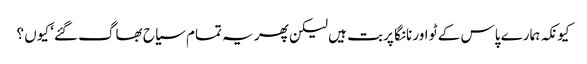
کیونکہ ہمارے پاس کے ٹو اور نانگا پربت ہیں لیکن پھر یہ تمام سیاح بھاگ گئے‘ کیوں ؟